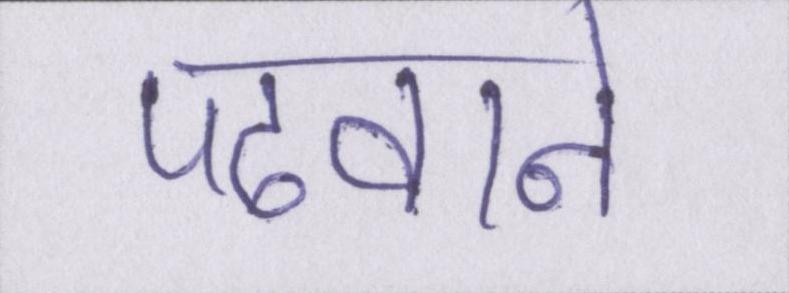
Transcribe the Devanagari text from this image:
पढवाने